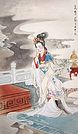
砌下落梅如雪乱，拂了一身还满。